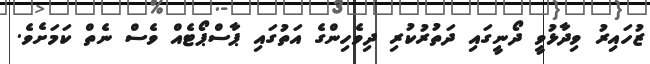
ޒުހައިރު ވިދާޅުވީ ދޯނީގައި ދަތުރުކުރި ދިވެހިންގެ އަތުގައި ޕާސްޕޯޓެއް ވެސް ނެތް ކަމަށެވެ.